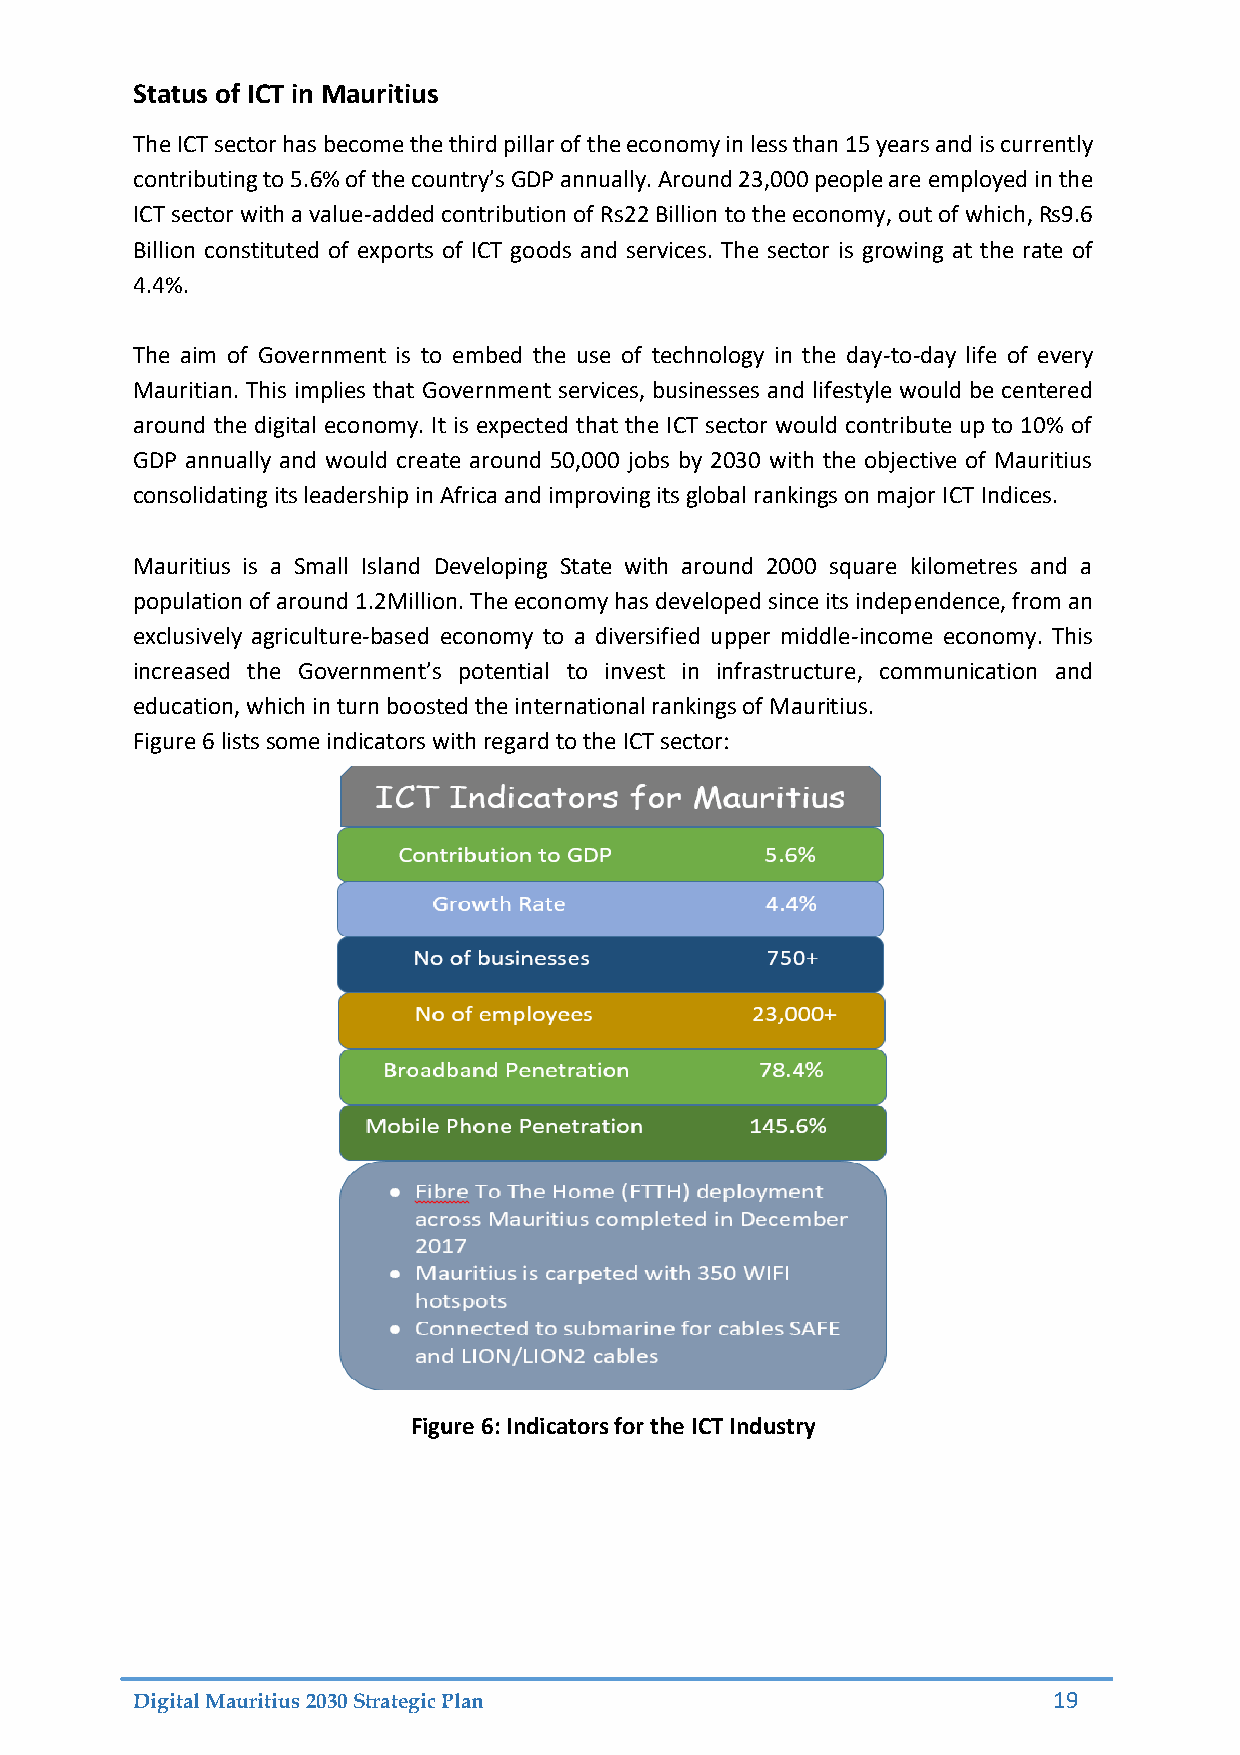
Status of ICT in Mauritius
 The ICT sector has become the third pillar of the economy in less than 15 years and is currently
 contributing to 5.6% of the country’s GDP annually. Around 23,000 people are employed in the
 ICT sector with a value-added contribution of Rs22 Billion to the economy, out of which, Rs9.6
 Billion constituted of exports of ICT goods and services. The sector is growing at the rate of
 4.4%.
 The aim of Government is to embed the use of technology in the day-to-day life of every
 Mauritian. This implies that Government services, businesses and lifestyle would be centered
 around the digital economy. It is expected that the ICT sector would contribute up to 10% of
 GDP annually and would create around 50,000 jobs by 2030 with the objective of Mauritius
 consolidating its leadership in Africa and improving its global rankings on major ICT Indices.
 Mauritius is a Small Island Developing State with around 2000 square kilometres and a
 population of around 1.2Million. The economy has developed since its independence, from an
 exclusively agriculture-based economy to a diversified upper middle-income economy. This
 increased the Government’s potential to invest in infrastructure, communication and
 education, which in turn boosted the international rankings of Mauritius.
 Figure 6 lists some indicators with regard to the ICT sector:
 Figure 6: Indicators for the ICT Industry
 Digital Mauritius 2030 Strategic Plan                        19